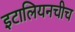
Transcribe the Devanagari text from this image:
इटालियनचीच